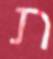
ת